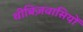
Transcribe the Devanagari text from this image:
थीबिज़वासियों